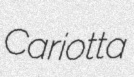
Cariotta